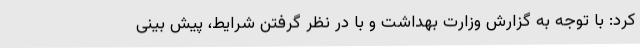
کرد: با توجه به گزارش وزارت بهداشت و با در نظر گرفتن شرایط، پیش بینی